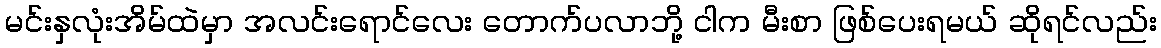
မင်းနှလုံးအိမ်ထဲမှာ အလင်းရောင်လေး တောက်ပလာဘို့ ငါက မီးစာ ဖြစ်ပေးရမယ် ဆိုရင်လည်း